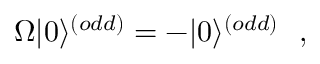
\Omega | 0 \rangle ^ { ( o d d ) } = - | 0 \rangle ^ { ( o d d ) } ~ ~ ,